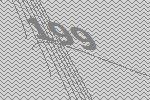
199